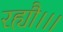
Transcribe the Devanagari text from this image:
रह्यौ।।।